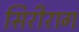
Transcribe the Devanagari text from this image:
सिरीराग